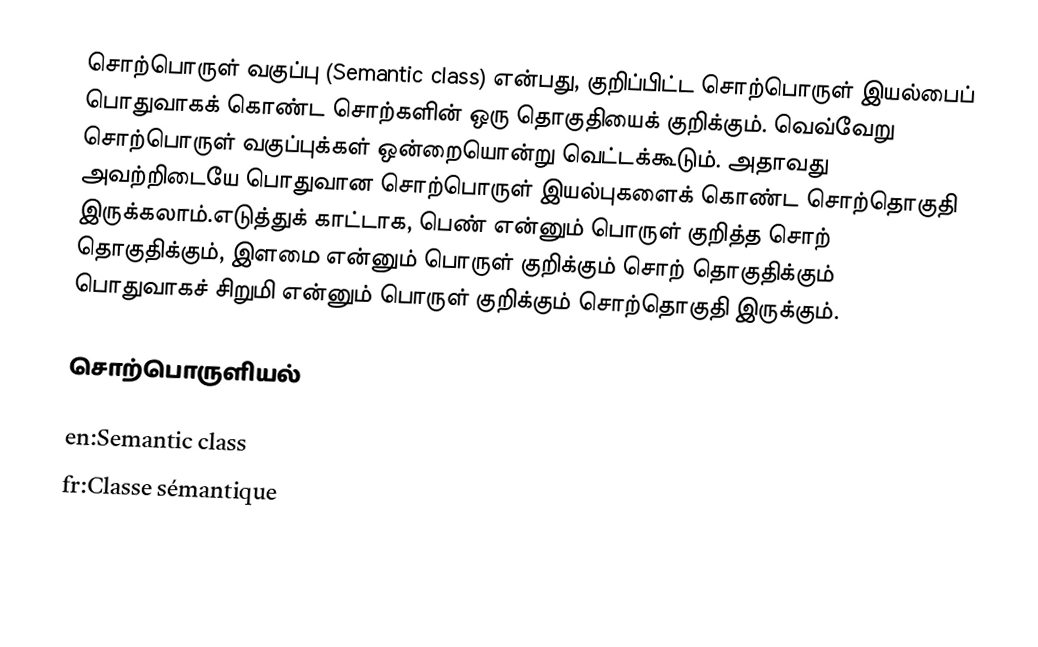
சொற்பொருள் வகுப்பு (Semantic class) என்பது, குறிப்பிட்ட சொற்பொருள் இயல்பைப் பொதுவாகக் கொண்ட சொற்களின் ஒரு தொகுதியைக் குறிக்கும். வெவ்வேறு சொற்பொருள் வகுப்புக்கள் ஒன்றையொன்று வெட்டக்கூடும். அதாவது அவற்றிடையே பொதுவான சொற்பொருள் இயல்புகளைக் கொண்ட சொற்தொகுதி இருக்கலாம்.எடுத்துக் காட்டாக, பெண் என்னும் பொருள் குறித்த சொற் தொகுதிக்கும், இளமை என்னும் பொருள் குறிக்கும் சொற் தொகுதிக்கும் பொதுவாகச் சிறுமி என்னும் பொருள் குறிக்கும் சொற்தொகுதி இருக்கும்.

சொற்பொருளியல்

en:Semantic class
fr:Classe sémantique